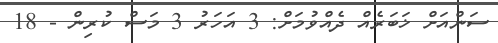
ސަންއަށް ޚަބަރެއް ދެއްވުމަށް: 3 އަހަރު 3 މަސް ކުރިން - 18